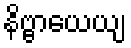
နိဗ္ဗာယေယျ